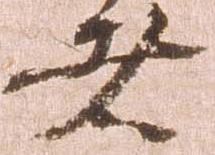
者